Parnu-Viljandi_kinnistusamet, lk 75
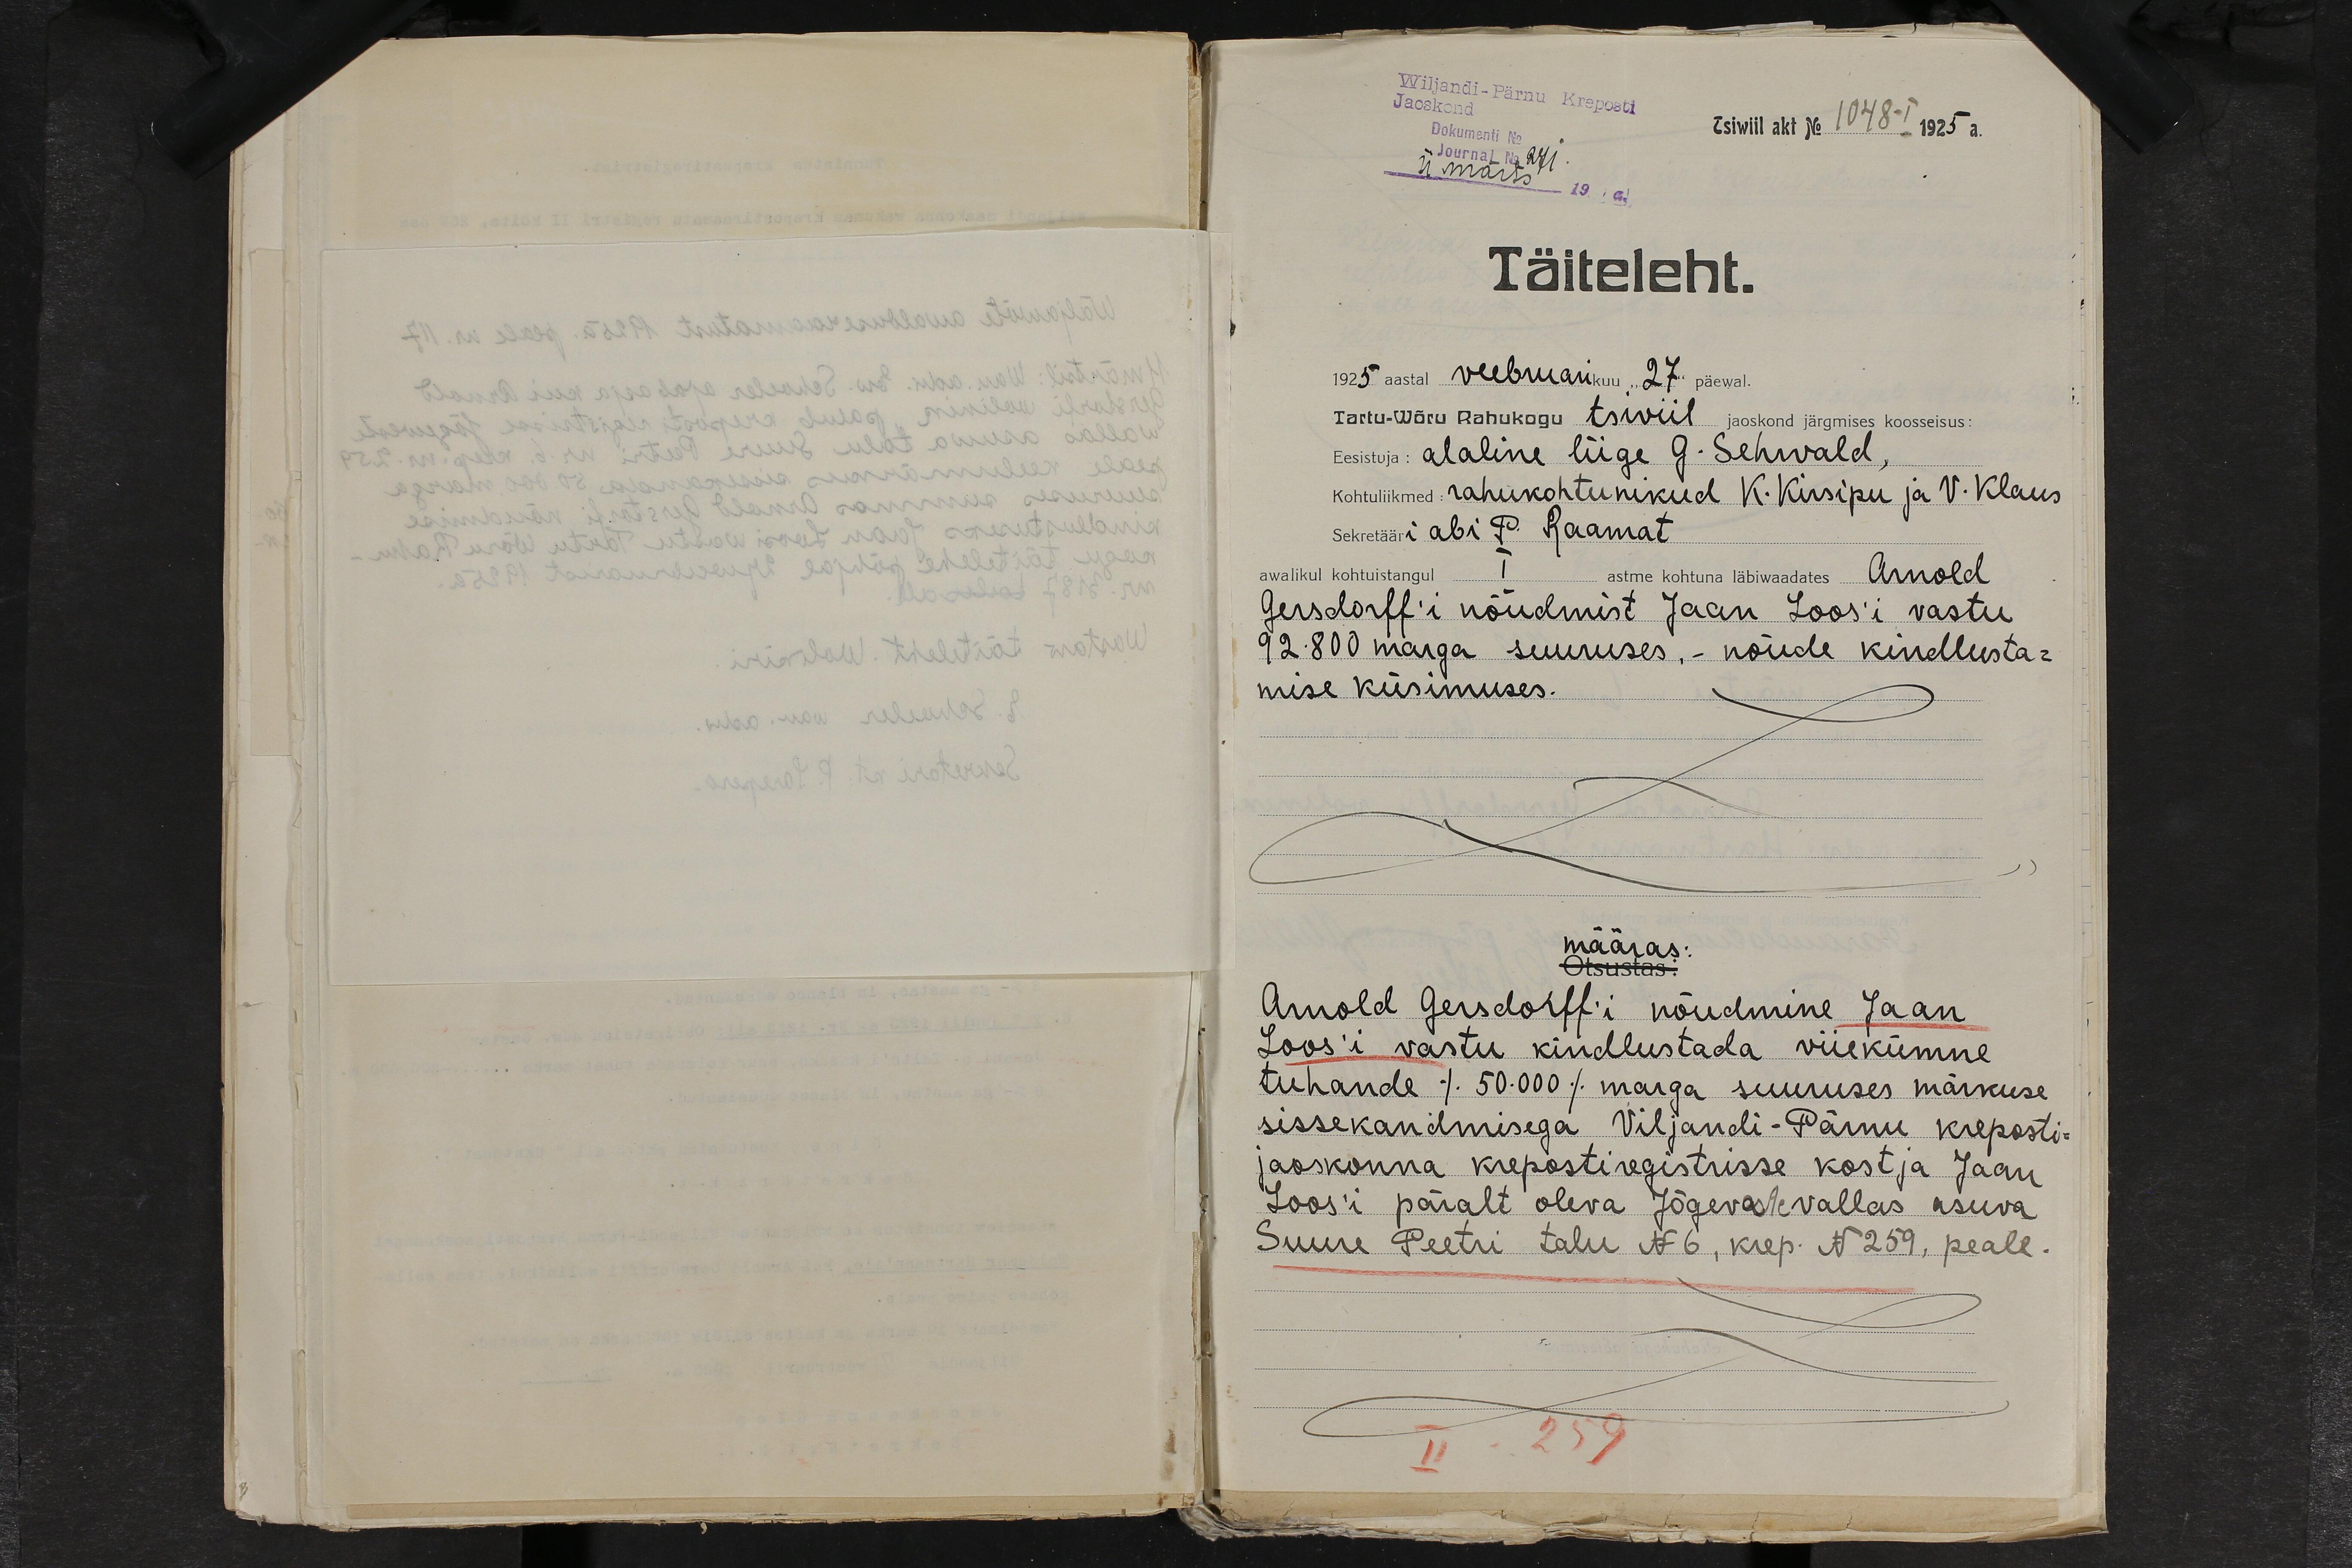
Wiljandi-Pärnu Kreposti
Jaoskond
Tsiwiil akt No 1048 - I 1925 a.
Dokumenti No
Journal No 271.
11. märts 19. a.
Täiteleht.
1925 aastal veebruarikuu "27" päewal.
Tartu-Wõru Rahukogu tsiviil jaoskond järgmises koosseisus:
Eesistuja: alaline liige G. Sehwald,
Kohtuliikmed: rahukohtunikud K. Kirsipu ja V. Klaus
Sekretääri abi P. Raamat
awalikul kohtuistangul I astme kohtuna läbiwaadates Arnold
Gersdorff'i nõudmist Jaan Loos'i vastu
92.800 marga suuruses, - nõude kindlusta-
mise küsimuses.
määras:
Otsustas:
Arnold Gersdorff´i nõudmine Jaan
Loos'i vastu kindlustada viiekümne
tuhande (50.000) marga suuruses märkuse
sissekandmisega Viljandi-Pärnu kreposti-
jaoskonna krepostiregistrisse kostja Jaan
Loos'i päralt oleva Jõgevaste vallas asuva
Suure Peetri talu N 6, krep. N 259, peale.
II - 259